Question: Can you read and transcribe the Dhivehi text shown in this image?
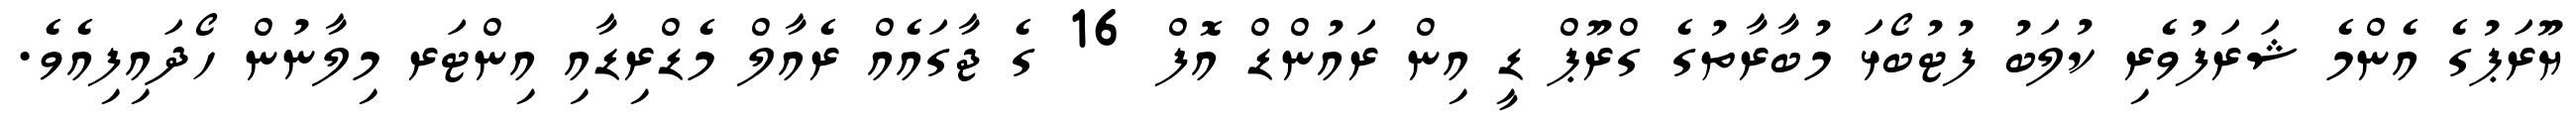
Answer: ޔޫރަޕުގެ އެންމެ ޝަރަފުވެރި ކުލަބު ފުޓުބޯޅަ މުބާރާތުގެ ގްރޫޕް ޑީ އިން ރައުންޑް އޮފް 16 ގެ ޖާގައެއް ރެއާލް މެޑްރިޑާއި އިންޓަރ މިލާނުން ހޯދައިފިއެވެ.